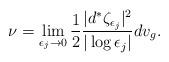
LaTeX: \begin{align*}\nu=\lim_{\epsilon_j\to 0}\frac{1}{2}\frac{|d^*\zeta_{\epsilon_j}|^2}{|\log\epsilon_j|}dv_g.\end{align*}